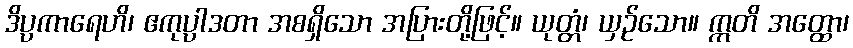
ဒိပ္ပကာရေဟိ၊ ဧကုပ္ပာဒတာ အစရှိသော အပြားတို့ဖြင့်။ ယုတ္တံ၊ ယှဉ်သော။ ဣတိ အတ္ထော၊